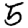
Digit: 5